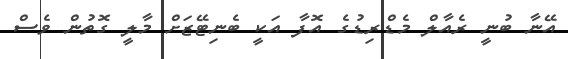
އޭނާ ބުނީ ރެއާލް މެޑްރިޑުގެ އޮފާ އަކީ ބެނިޓޭޒަށް މާލީ ގޮތުން ވެސް